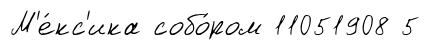
М'е́кс'ика собо́ром 11051908 5